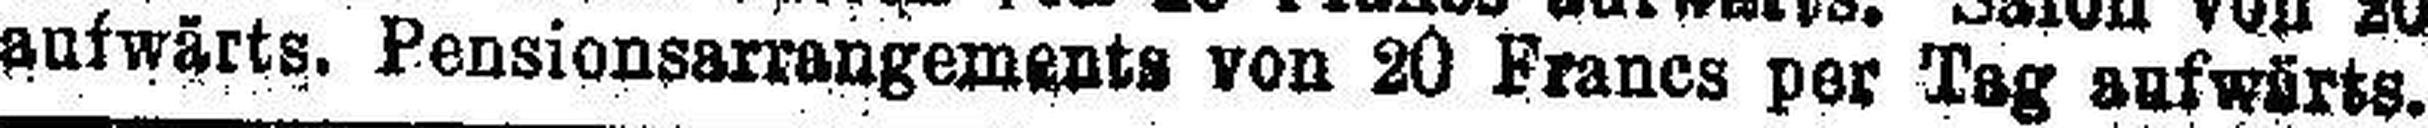
aufwärts. Pensionsarrangements von 20 Francs per Tag aufwärts.